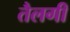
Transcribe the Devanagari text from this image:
तैलगी